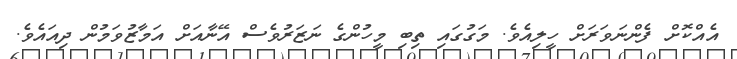
އެއްކޮށް ފެންނަވަރަށް ހީލިއެވެ. މަގުގައި ތިބި މީހުންގެ ނަޒަރުވެސް އޭނާއަށް އަމާޒުވަމުން ދިއައެވެ.